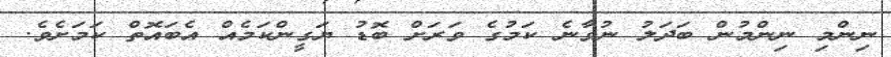
ނިންމި ނިންމުން ބަދަލު ނުވާނެ ކަމުގެ ވަރަށް ބޮޑު ޔަގީންކަމެއް އެބައޮތް ކަމަށެވެ.